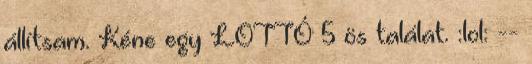
állítsam. Kéne egy LOTTÓ 5 ös találat. :lol: --